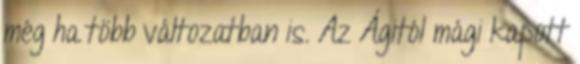
még ha több változatban is. Az Ágitól mági kapott